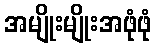
အမျိုးမျိုးအဖုံဖုံ